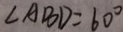
\angle A B D = 6 0 ^ { \circ }